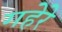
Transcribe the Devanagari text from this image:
गहेरे